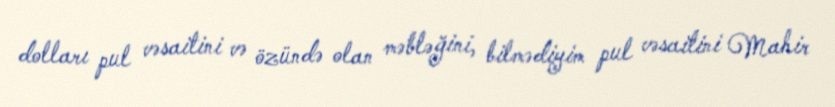
dolları pul vəsaitini və özündə olan məbləğini, bilmədiyim pul vəsaitini Mahir